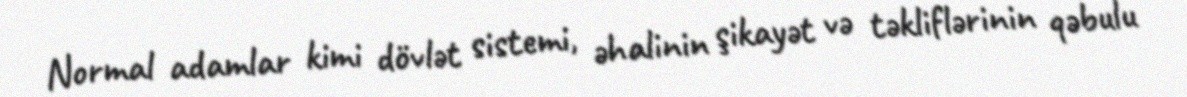
Normal adamlar kimi dövlət sistemi, əhalinin şikayət və təkliflərinin qəbulu